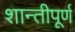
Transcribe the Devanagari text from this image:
शान्तीपूर्ण